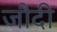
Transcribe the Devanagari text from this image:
जौदी